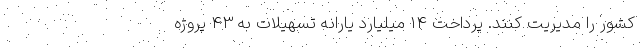
کشور را مدیریت کنند. پرداخت 14 میلیارد یارانه تسهیلات به 43 پروژه